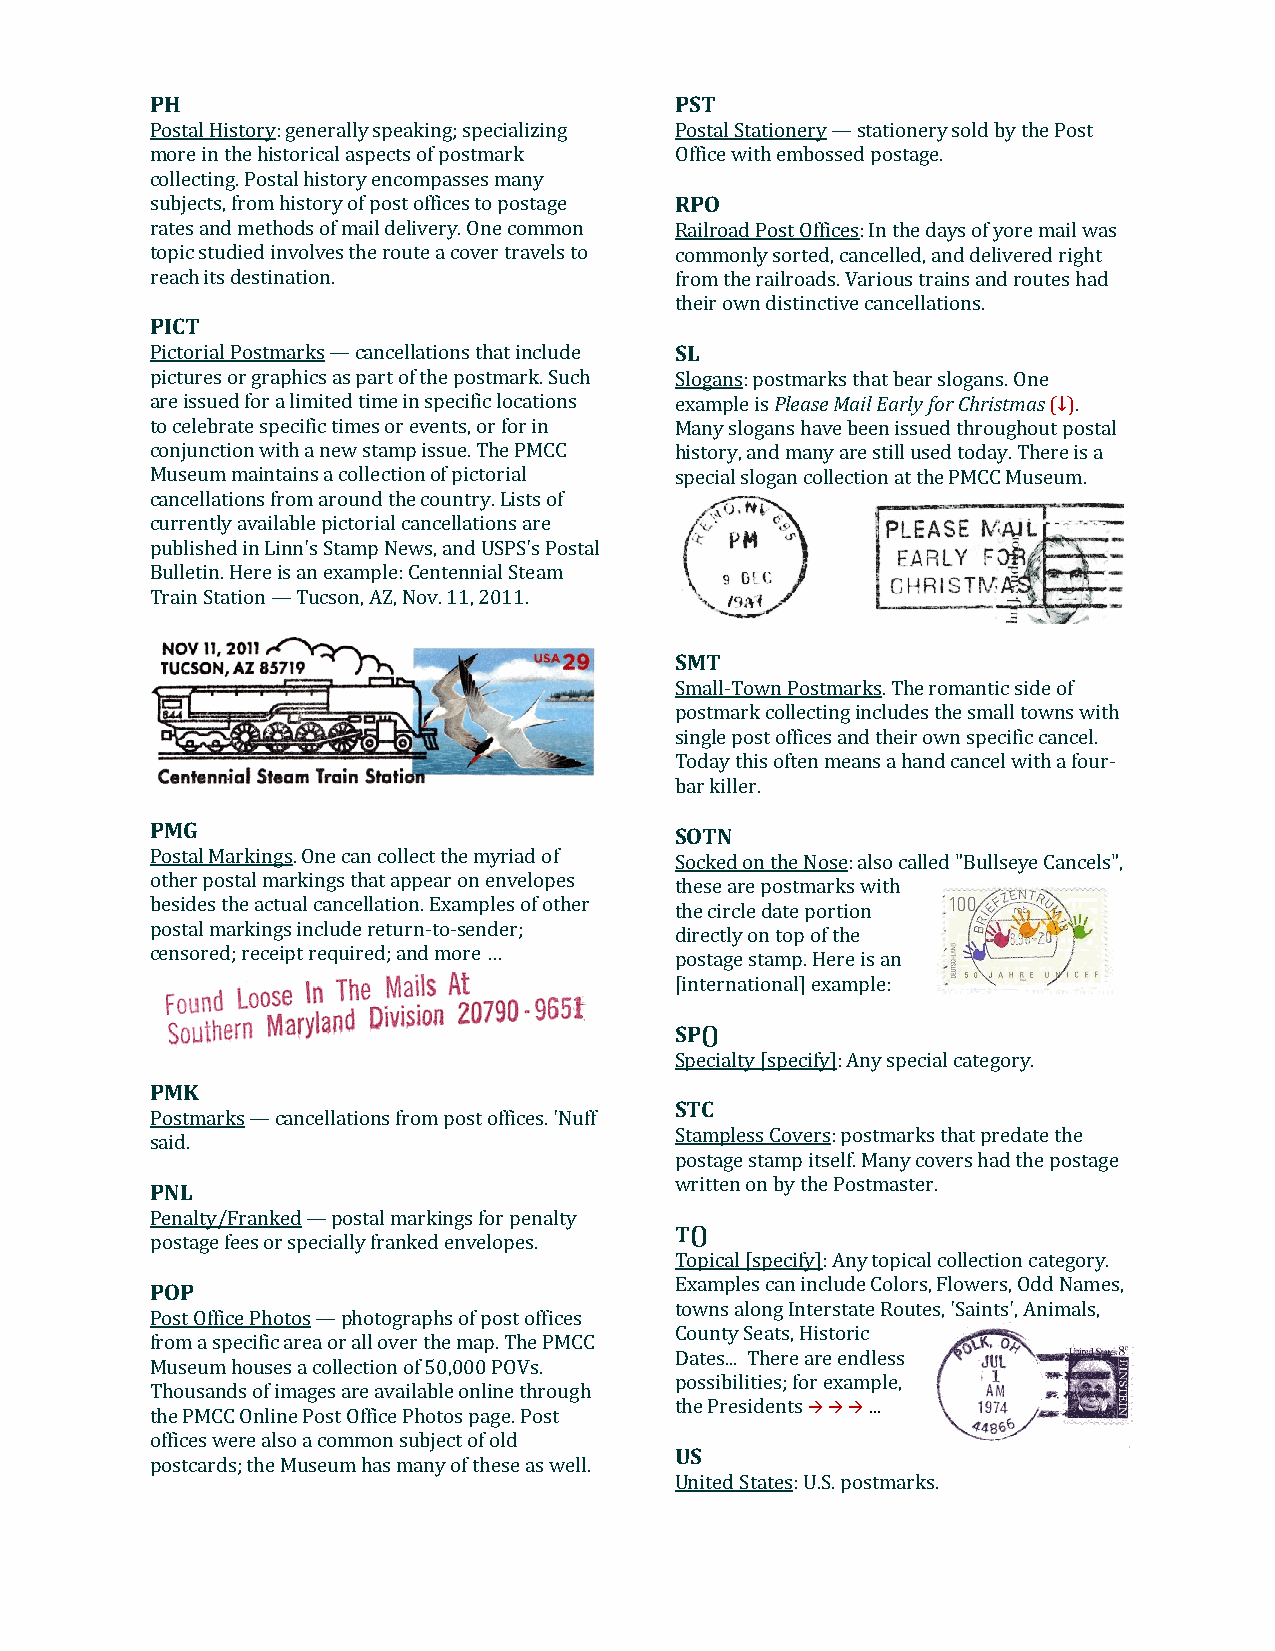
PH                                 PST
 Postal History: generally speaking; specializing Postal Stationery — stationery sold by the Post
 more in the historical aspects of postmark Office with embossed postage.
 collecting. Postal history encompasses many
 subjects, from history of post offices to postage RPO
 rates and methods of mail delivery. One common Railroad Post Offices: In the days of yore mail was
 topic studied involves the route a cover travels to commonly sorted, cancelled, and delivered right
 reach its destination.             from the railroads. Various trains and routes had
 their own distinctive cancellations.
 PICT
 Pictorial Postmarks — cancellations that include SL
 pictures or graphics as part of the postmark. Such Slogans: postmarks that bear slogans. One
 are issued for a limited time in specific locations example is Please Mail Early for Christmas (↓).
 to celebrate specific times or events, or for in Many slogans have been issued throughout postal
 conjunction with a new stamp issue. The PMCC history, and many are still used today. There is a
 Museum maintains a collection of pictorial special slogan collection at the PMCC Museum.
 cancellations from around the country. Lists of
 currently available pictorial cancellations are
 published in Linn's Stamp News, and USPS's Postal
 Bulletin. Here is an example: Centennial Steam
 Train Station — Tucson, AZ, Nov. 11, 2011.
 SMT
 Small-Town Postmarks. The romantic side of
 postmark collecting includes the small towns with
 single post offices and their own specific cancel.
 Today this often means a hand cancel with a four-
 bar killer.
 PMG                                SOTN
 Postal Markings. One can collect the myriad of Socked on the Nose: also called "Bullseye Cancels",
 other postal markings that appear on envelopes
 these are postmarks with
 besides the actual cancellation. Examples of other
 the circle date portion
 postal markings include return-to-sender;
 directly on top of the
 censored; receipt required; and more … postage stamp. Here is an
 [international] example:
 SP()
 Specialty [specify]: Any special category.
 PMK
 STC
 Postmarks — cancellations from post offices. 'Nuff
 Stampless Covers: postmarks that predate the
 said.
 postage stamp itself. Many covers had the postage
 written on by the Postmaster.
 PNL
 Penalty/Franked — postal markings for penalty
 T()
 postage fees or specially franked envelopes.
 Topical [specify]: Any topical collection category.
 Examples can include Colors, Flowers, Odd Names,
 POP
 towns along Interstate Routes, 'Saints', Animals,
 Post Office Photos — photographs of post offices
 County Seats, Historic
 from a specific area or all over the map. The PMCC
 Dates... There are endless
 Museum houses a collection of 50,000 POVs.
 possibilities; for example,
 Thousands of images are available online through
 the PMCC Online Post Office Photos page. Post the Presidents à à à …
 offices were also a common subject of old
 US
 postcards; the Museum has many of these as well.
 United States: U.S. postmarks.